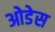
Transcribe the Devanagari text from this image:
ओडेस